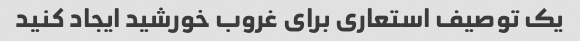
یک توصیف استعاری برای غروب خورشید ایجاد کنید